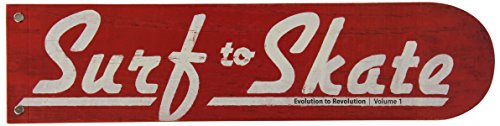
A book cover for Surf to Skate - Vol. 1: Evolution to Revolution; Stanton Hartsfield; Sports & Outdoors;